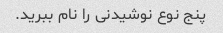
پنج نوع نوشیدنی را نام ببرید.